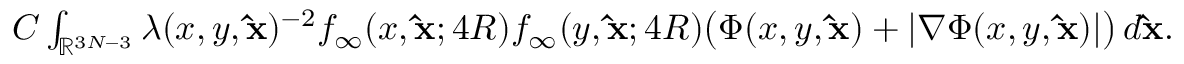
\begin{array} { r } { C \int _ { \mathbb { R } ^ { 3 N - 3 } } \lambda ( x , y , \mathbf { \hat { x } } ) ^ { - 2 } f _ { \infty } ( x , \mathbf { \hat { x } } ; 4 R ) f _ { \infty } ( y , \mathbf { \hat { x } } ; 4 R ) \big ( \Phi ( x , y , \mathbf { \hat { x } } ) + | \nabla \Phi ( x , y , \mathbf { \hat { x } } ) | \big ) \, d \mathbf { \hat { x } } . } \end{array}